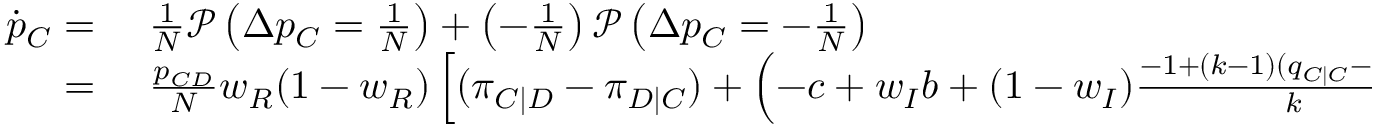
\begin{array} { r l } { \dot { p } _ { C } = } & { { } ~ \frac { 1 } { N } \mathcal { P } \left( \Delta p _ { C } = \frac { 1 } { N } \right) + \left( - \frac { 1 } { N } \right) \mathcal { P } \left( \Delta p _ { C } = - \frac { 1 } { N } \right) } \\ { = } & { { } ~ \frac { p _ { C D } } { N } w _ { R } ( 1 - w _ { R } ) \left[ ( \pi _ { C | D } - \pi _ { D | C } ) + \left( - c + w _ { I } b + ( 1 - w _ { I } ) \frac { - 1 + ( k - 1 ) ( q _ { C | C } - q _ { C | D } ) } { k } b \right) \right] \delta } \end{array}